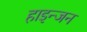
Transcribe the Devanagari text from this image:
हाइन्जन